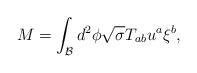
\begin{align*}M=\int_{\mathcal{B}}d^2\phi \sqrt{\sigma }T_{ab}u^a\xi ^b, \end{align*}